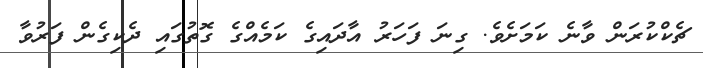
ޗެކްކުރަން ވާނެ ކަމަށެވެ. ގިނަ ފަހަރު އާދައިގެ ކަމެއްގެ ގޮތުގައި ދެކިގެން ފަރުވާ